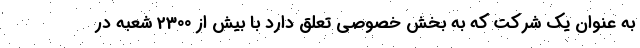
به عنوان یک شرکت که به بخش خصوصی تعلق دارد با بیش از 2300 شعبه در